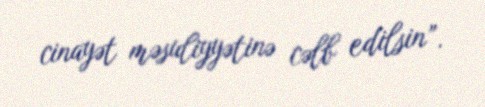
cinayət məsuliyyətinə cəlb edilsin”.